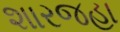
શારજહા